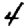
Digit: 4